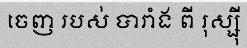
ចេញ របស់ បារាំង ពី រុស្ស៊ី